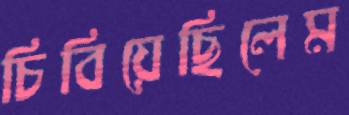
চিবিয়েছিলেম